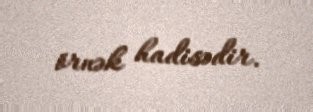
örnək hadisədir.